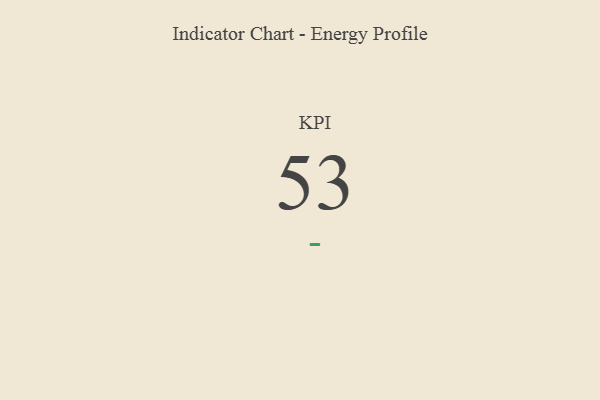
{"axis": {"x": "KPI", "y": "Value"}, "legend": [""], "data": [{"x": "KPI", "y": 53, "type": ""}]}